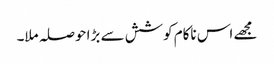
مجھے اس ناکام کوشش سے بڑا حوصلہ ملا۔